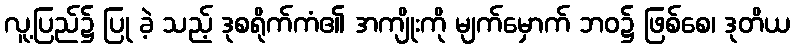
လူ့ပြည်၌ ပြု ခဲ့ သည့် ဒုစရိုက်ကံ၏ အကျိုးကို မျက်မှောက် ဘဝ၌ ဖြစ်စေ၊ ဒုတိယ